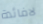
لافائدة